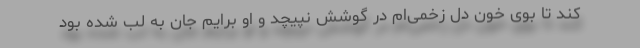
کند تا بوی خون دل زخمی‌ام در گوشش نپیچد و او برایم جان به لب شده بود